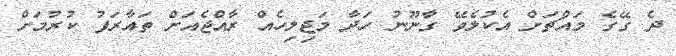
ދެ ގޭގެ މައްޗަށް އެކުލެވޭ ގާނޫނު ހަދާ މަޖިލިހެއް ރާއްޖެއަށް ތައާރަފު ކުރުމަށް